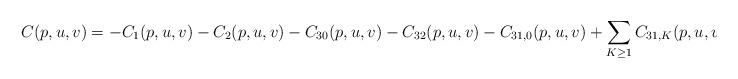
LaTeX: \begin{align*}C(p,u,v) = - C_1(p,u,v)-C_2(p,u,v)-C_{30}(p,u,v)-C_{32}(p,u,v)-C_{31,0}(p,u,v)+ \sum_{K\ge 1} C_{31,K}(p,u,v)\end{align*}